Plague in India, 1896, 1897 - Volume 4
Year: 1896
Disease focus: Plague
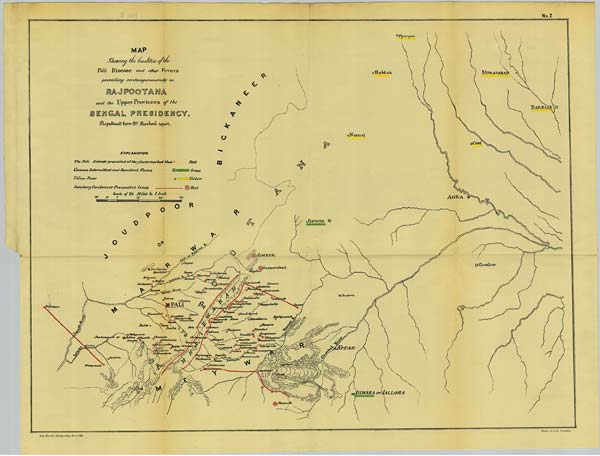
No. 2
Reg. No. 594, Home.—Dec. 97.—1,000.
Photo., S. I. O., Calcutta.